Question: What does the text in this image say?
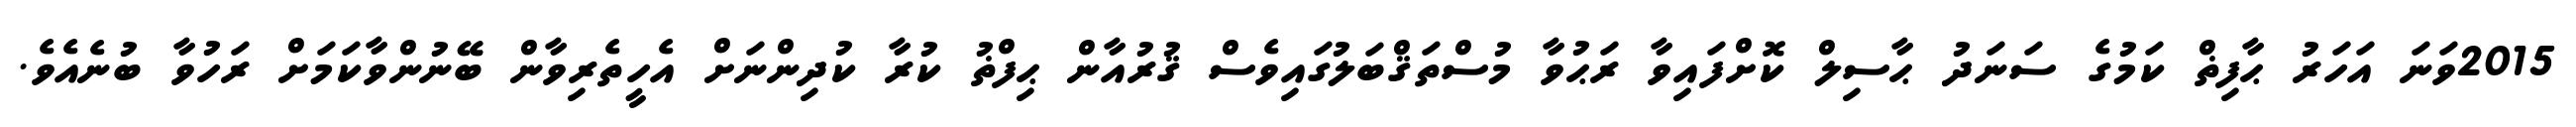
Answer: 2015ވަނަ އަހަރު ޙާފިޡް ކަމުގެ ސަނަދު ޙާސިލް ކޮށްފައިވާ ރަޙުވާ މުސްތަޤްބަލުގައިވެސް ޤުރުއާން ޙިފްޡު ކުރާ ކުދިންނަށް އެހީތެރިވާން ބޭނުންވާކަމަށް ރަހުވާ ބުނެއެވެ.